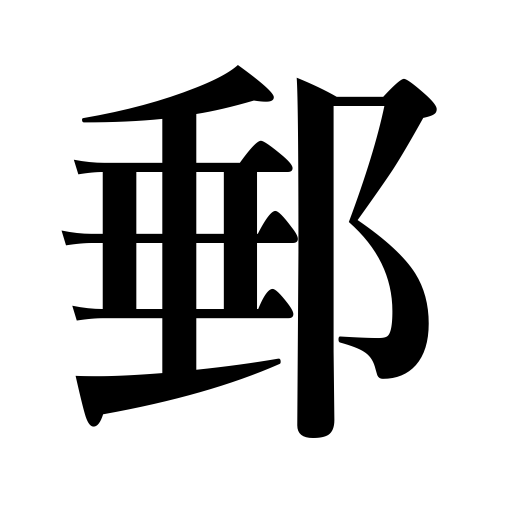
Meanings: stagecoach stop,mail